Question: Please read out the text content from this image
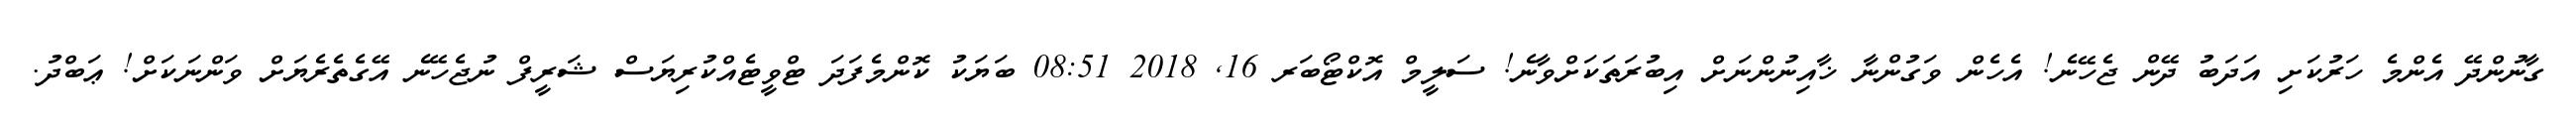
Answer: ގާނުންދޭ އެންމެ ހަރުކަށި އަދަބު ދޭން ޖެހޭނެ! އެހެން ވަގުންނާ ޚާއިނުންނަށް އިބުރަތަކަށްވާނެ! ސަލީމް އޮކްޓޯބަރ 16, 2018 08:51 ބަޔަކު ކޮންމެފަދަ ޓްވީޓެއްކުރިޔަސް ޝަރީފް ނުޖެހޭނެ އޭގެތެރެޔަށް ވަންނަކަށް! ޢަބްދު.